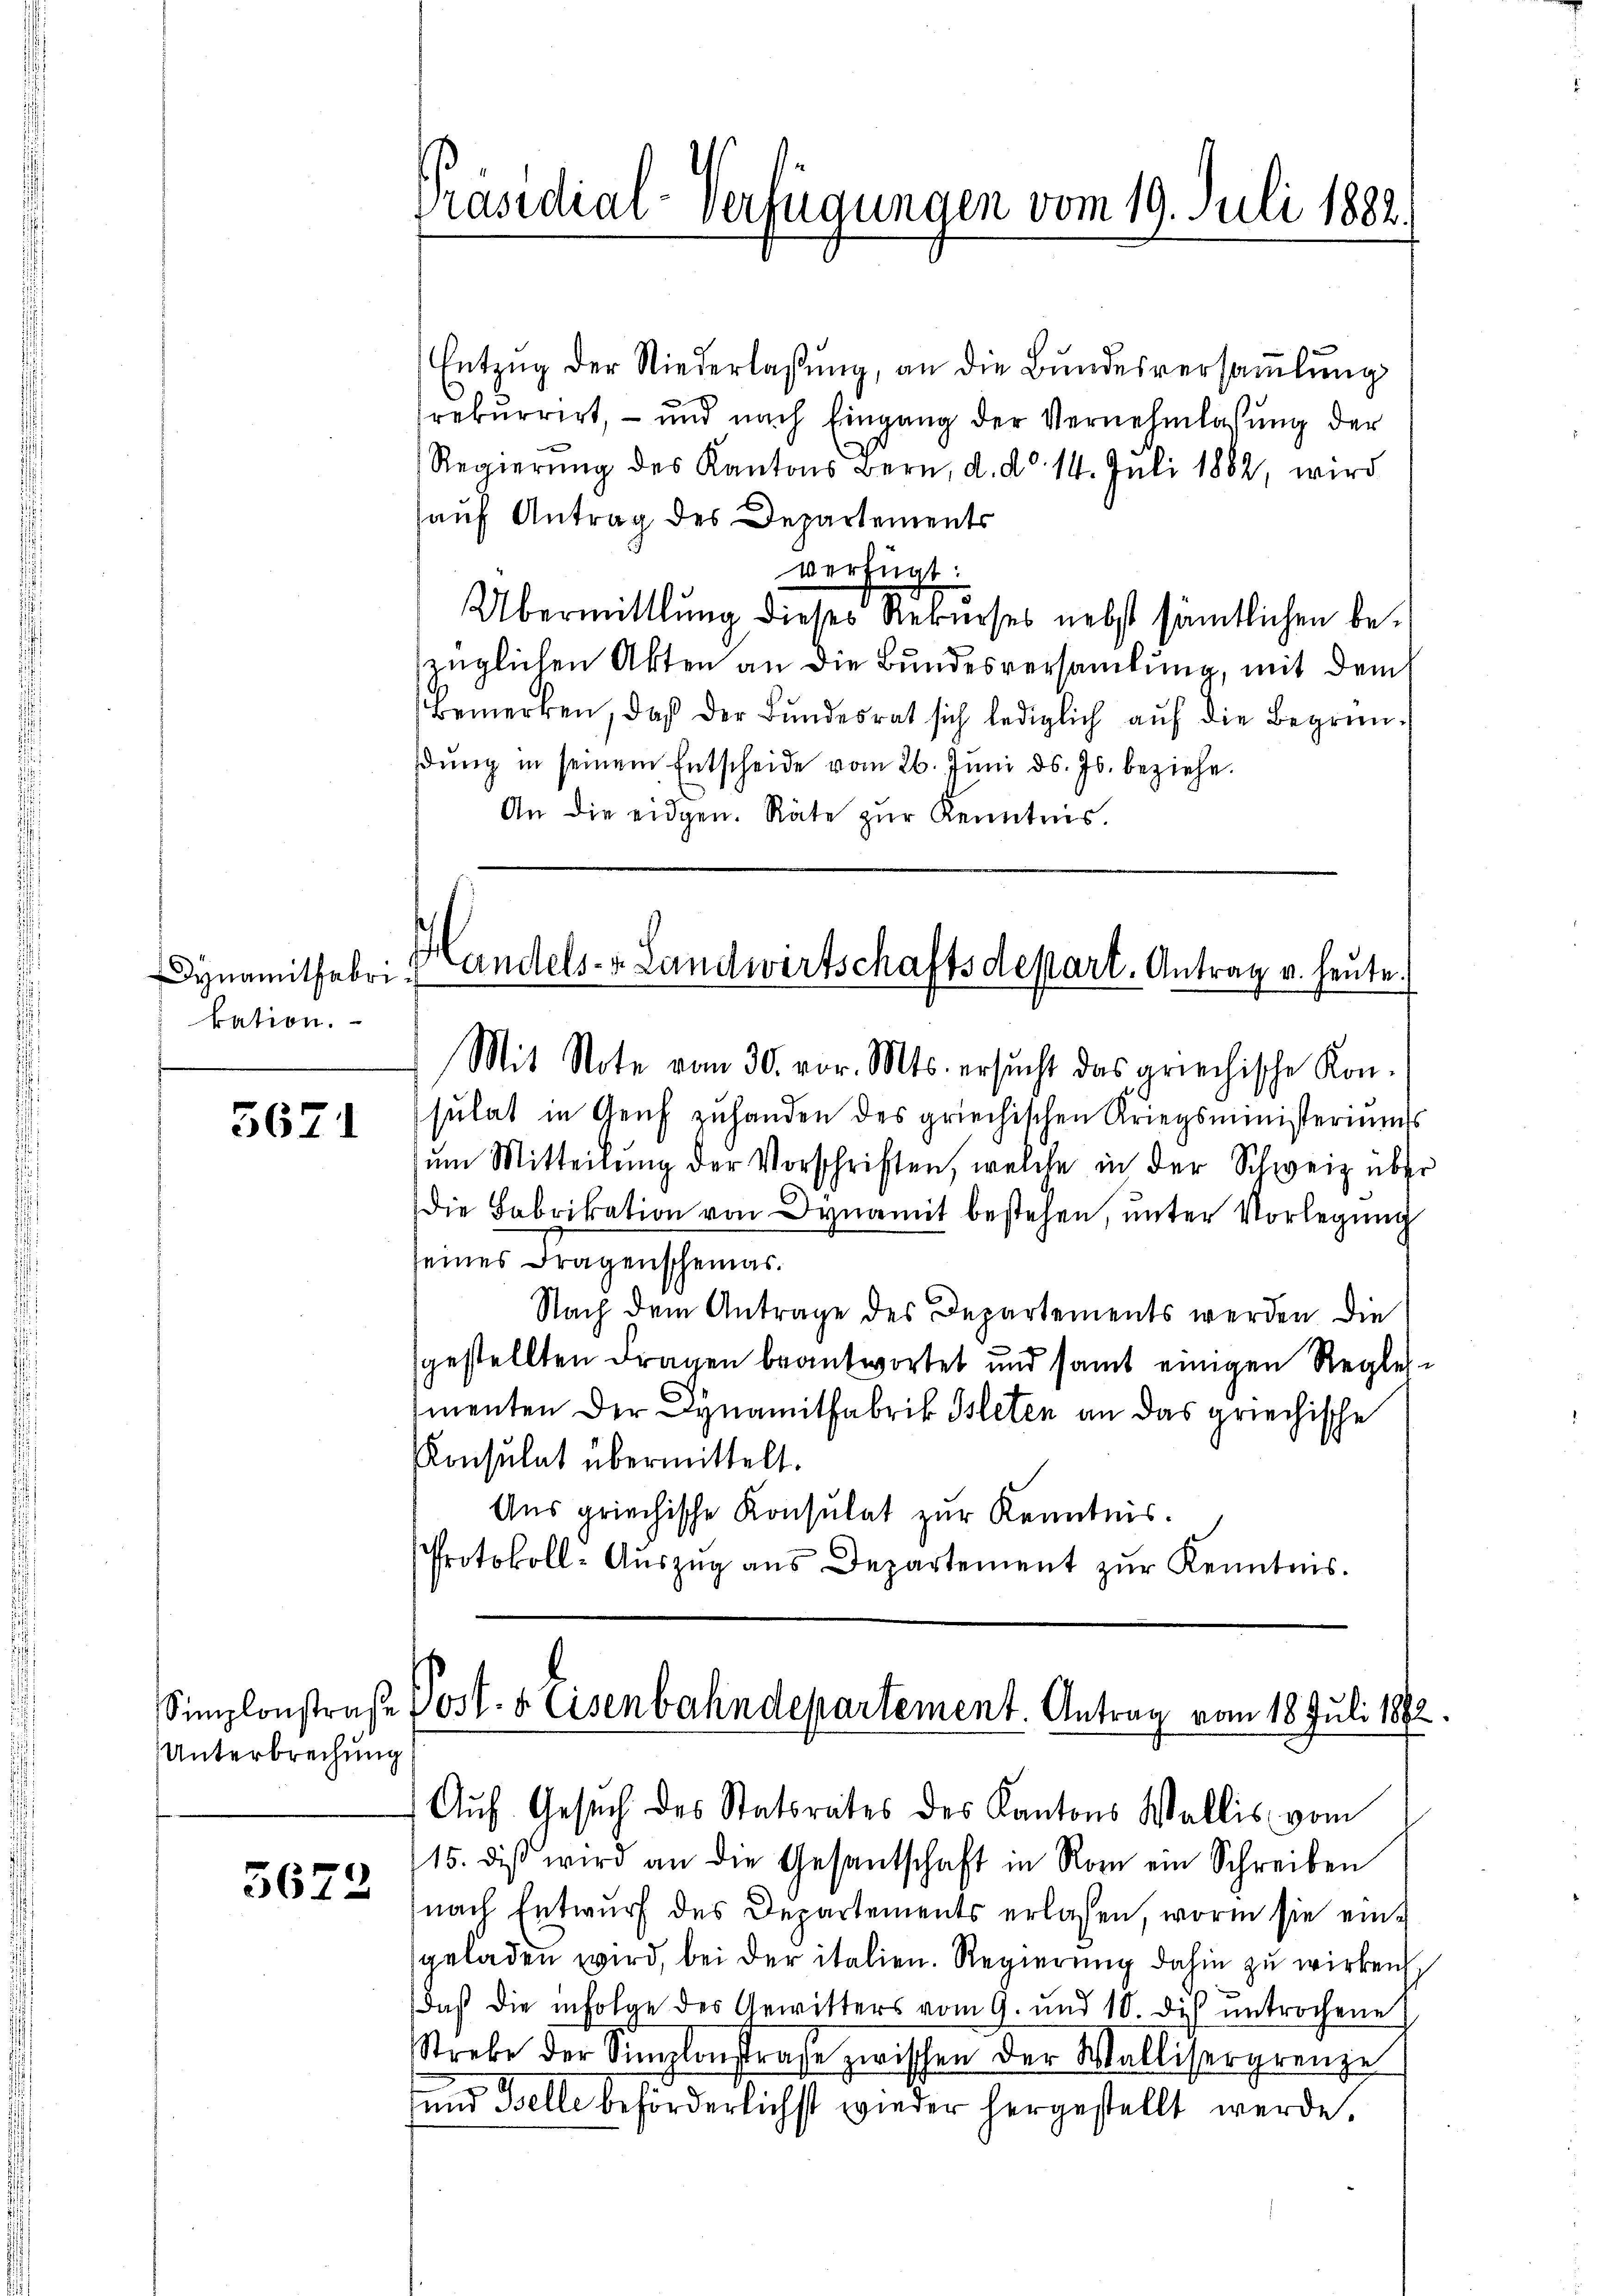
Dynamitfabrikation.

5671

Unterbrechung

5672

Entzug der Niederlaßung, an die Bundesversaṁlŭng
rekurrirt, – und nach Eingang der Vernehmlassung der
Regierŭng des Kantons Bern, d. d. 14. Juli 1882, wird
hauf Antrag des Departements
verfügt:
Übermittlung dieses Rekurses nebst sämtlichen bezüglichen Akten an die Bundesversamlung, mit dem
Bemerken, daß der Bundesrat sich lediglich auf die Begründŭng in seinem Entscheide vom 26. Juni d. Js. beziehe.
An die eidgen. Räte zŭr Kenntnis.

Präsidial-Verfügungen vom 19. Juli 1882.

Handels- & Landwirtschaftsdepart. Antrag u. heute.
Mit Note vom 30. vor. Mts. ersŭcht das griechische Kon-

sulat in Genf zuhanden des griechischen Kriegsministeriums
ŭm Mitteilŭng der Vorschriften, welche in der Schweiz über
Die Fabrikation von Dynamit bestehen, unter Vorlegung
seines Fragenscheiner
Nach dem Antrage des Departements werden die
sgestellten Fragen beantwortet und samt einigen Regleimenten der Dynamitfabrik Isleten an das griechische
Konsulat übermittelt.
Aus griechische Konsulat zur Kenntnis.
Protokoll-Aŭszŭg ans Departement zŭr Kenntnis.

Simplonstraße Post- & Eisenbahndepartement. Antrag vom 18. Juli 1882.
Aŭf Gesuch des Statsrates des Kantons Wallis vom

15. diβ wird an die Gesantschaft in Rom ein Schreiben
nach Entwurf des Departements erlassen, worin sie eingeladen wird, bei der italien. Regierung dahin zu wirken
daß die infolge des Gewitters vom 9. und 10. dis untrochene
Strebe der Simplonstraße zwischen der Wallisergrenze
und Zelle beförderlichst wieder hergestellt werde.